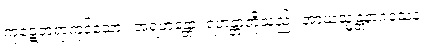
ကုဋေတရာကုန်သော။ အရဟန္တော၊ ရဟန္တာတို့သည်။ အာယသ္မန္တံနာဂသေနံ၊